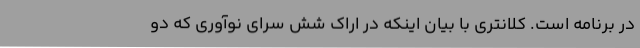
در برنامه است. کلانتری با بیان اینکه در اراک شش سرای نوآوری که دو